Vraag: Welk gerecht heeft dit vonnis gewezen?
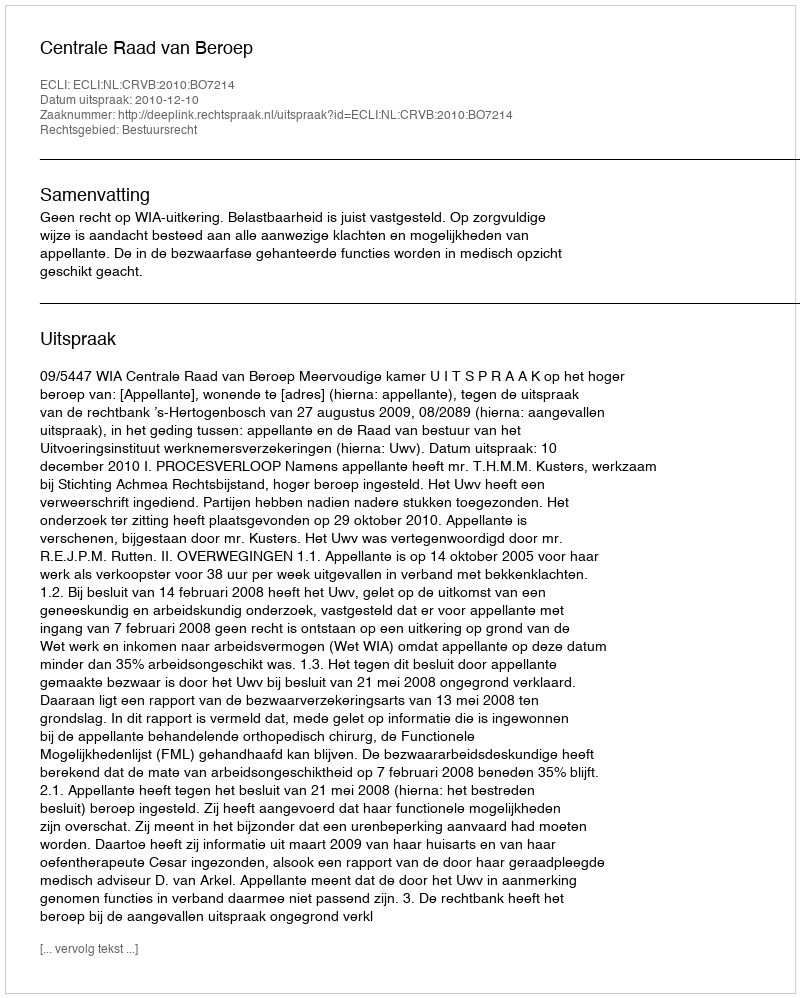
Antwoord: Centrale Raad van Beroep